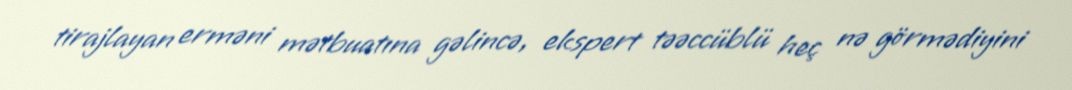
tirajlayan erməni mətbuatına gəlincə, ekspert təəccüblü heç nə görmədiyini